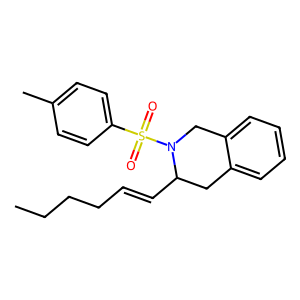
SMILES: CCCCC=CC1Cc2ccccc2CN1S(=O)(=O)c1ccc(C)cc1
Inhibits HIV replication: No